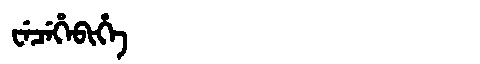
Manchu: ᠸᡝᠴᡝᡥᡝᠪᡳᡥᡝ
Romanization: WECEHEBIHE